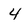
Character: 4